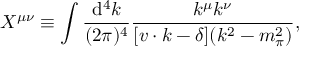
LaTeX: X ^ { \mu \nu } \equiv \int \frac { \mathrm { d } ^ { 4 } k } { ( 2 \pi ) ^ { 4 } } \frac { k ^ { \mu } k ^ { \nu } } { [ v \cdot k - \delta ] ( k ^ { 2 } - m _ { \pi } ^ { 2 } ) } ,